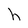
Character: h